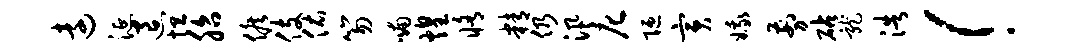
远涎退坦胎候伎佑笏喃煌修精仍汛庀陋寅娥剪砧龙浩！